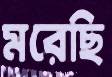
মরেছি